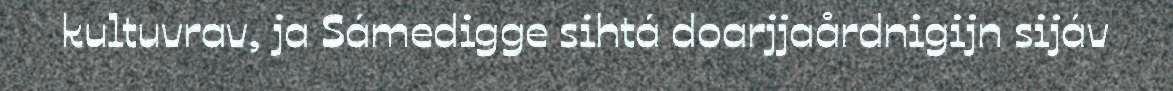
kultuvrav, ja Sámedigge sihtá doarjjaårdnigijn sijáv